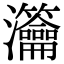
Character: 𤅰